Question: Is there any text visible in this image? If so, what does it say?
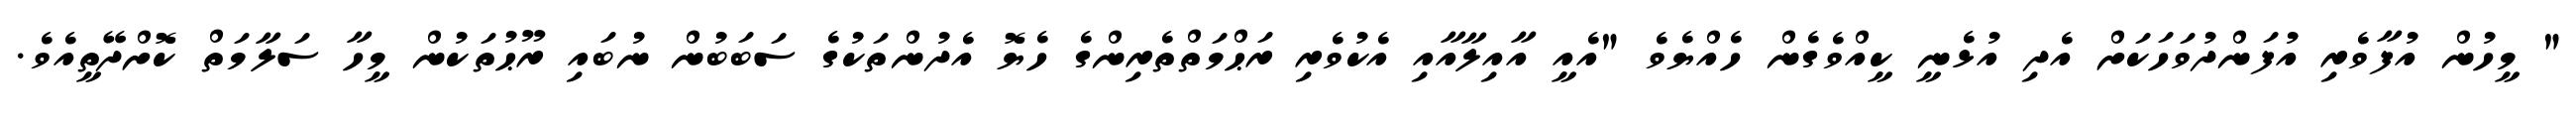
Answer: " މީހުން އުފާވެރި އުފަންދުވަހަކަށް އެދި އުޅެނީ ކީއްވެގެން ހެއްޔެވެ "އެއީ އާއިލާއާއި އެކުވެރި ރަޙްމަތްތެރިންގެ ހެޔޮ އެދުންތަކުގެ ސަބަބުން ނުބައި ރޫޙުތަކުން މީހާ ސަލާމަތް ކޮށްދޭތީއެވެ.